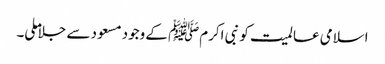
اسلامی عالمیت کو نبی اکرمﷺ کے وجود مسعود سے جلاملی۔